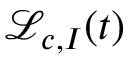
{ \mathcal L } _ { c , I } ( t )